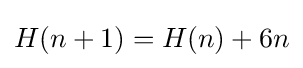
H(n+1)=H(n)+6n